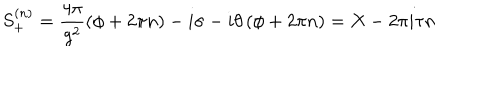
LaTeX: S _ { + } ^ { ( n ) } = \frac { 4 \pi } { g ^ { 2 } } \left( \phi + 2 \pi n \right) - i \sigma - i \theta \left( \phi + 2 \pi n \right) = X - 2 \pi i \tau n